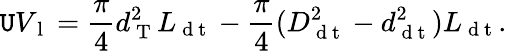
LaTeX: \mathtt{U}V_{\mathrm{{~l~}}}=\frac{{\pi}}{{4}}d_{\mathrm{{~T~}}}^{2}L_{\mathrm{{~d~t~}}}-\frac{{\pi}}{{4}}(D_{\mathrm{{~d~t~}}}^{2}-d_{\mathrm{{~d~t~}}}^{2})L_{\mathrm{{~d~t~}}}.